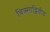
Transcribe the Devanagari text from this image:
विक्र्माद्वितीय